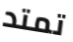
تمتد